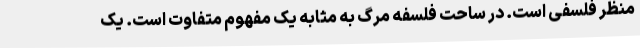
منظر فلسفی است. در ساحت فلسفه مرگ به مثابه یک مفهوم متفاوت است. یک